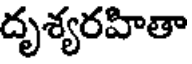
దృశ్యరహితా